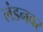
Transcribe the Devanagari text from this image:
लंडनवर